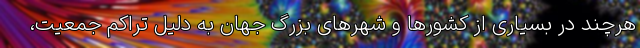
هرچند در بسیاری از کشورها و شهرهای بزرگ جهان به دلیل تراکم جمعیت،